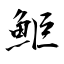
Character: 鮔